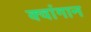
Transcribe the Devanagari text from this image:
क्वांगान